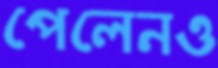
পেলেনও